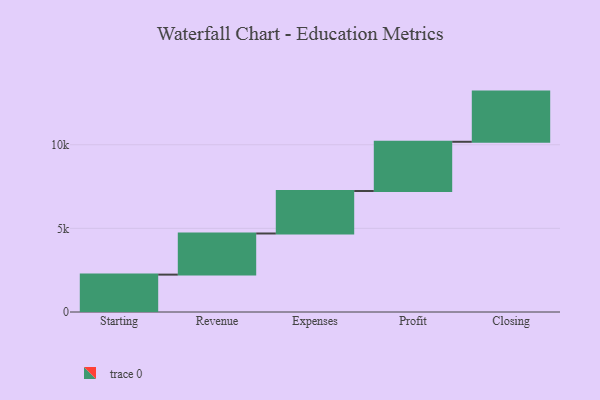
{"axis": {"x": "Step", "y": "Value"}, "legend": [""], "data": [{"x": "Starting", "y": 2235.0, "type": ""}, {"x": "Revenue", "y": 2459.0, "type": ""}, {"x": "Expenses", "y": 2539.0, "type": ""}, {"x": "Profit", "y": 2944.0, "type": ""}, {"x": "Closing", "y": 3000, "type": ""}]}